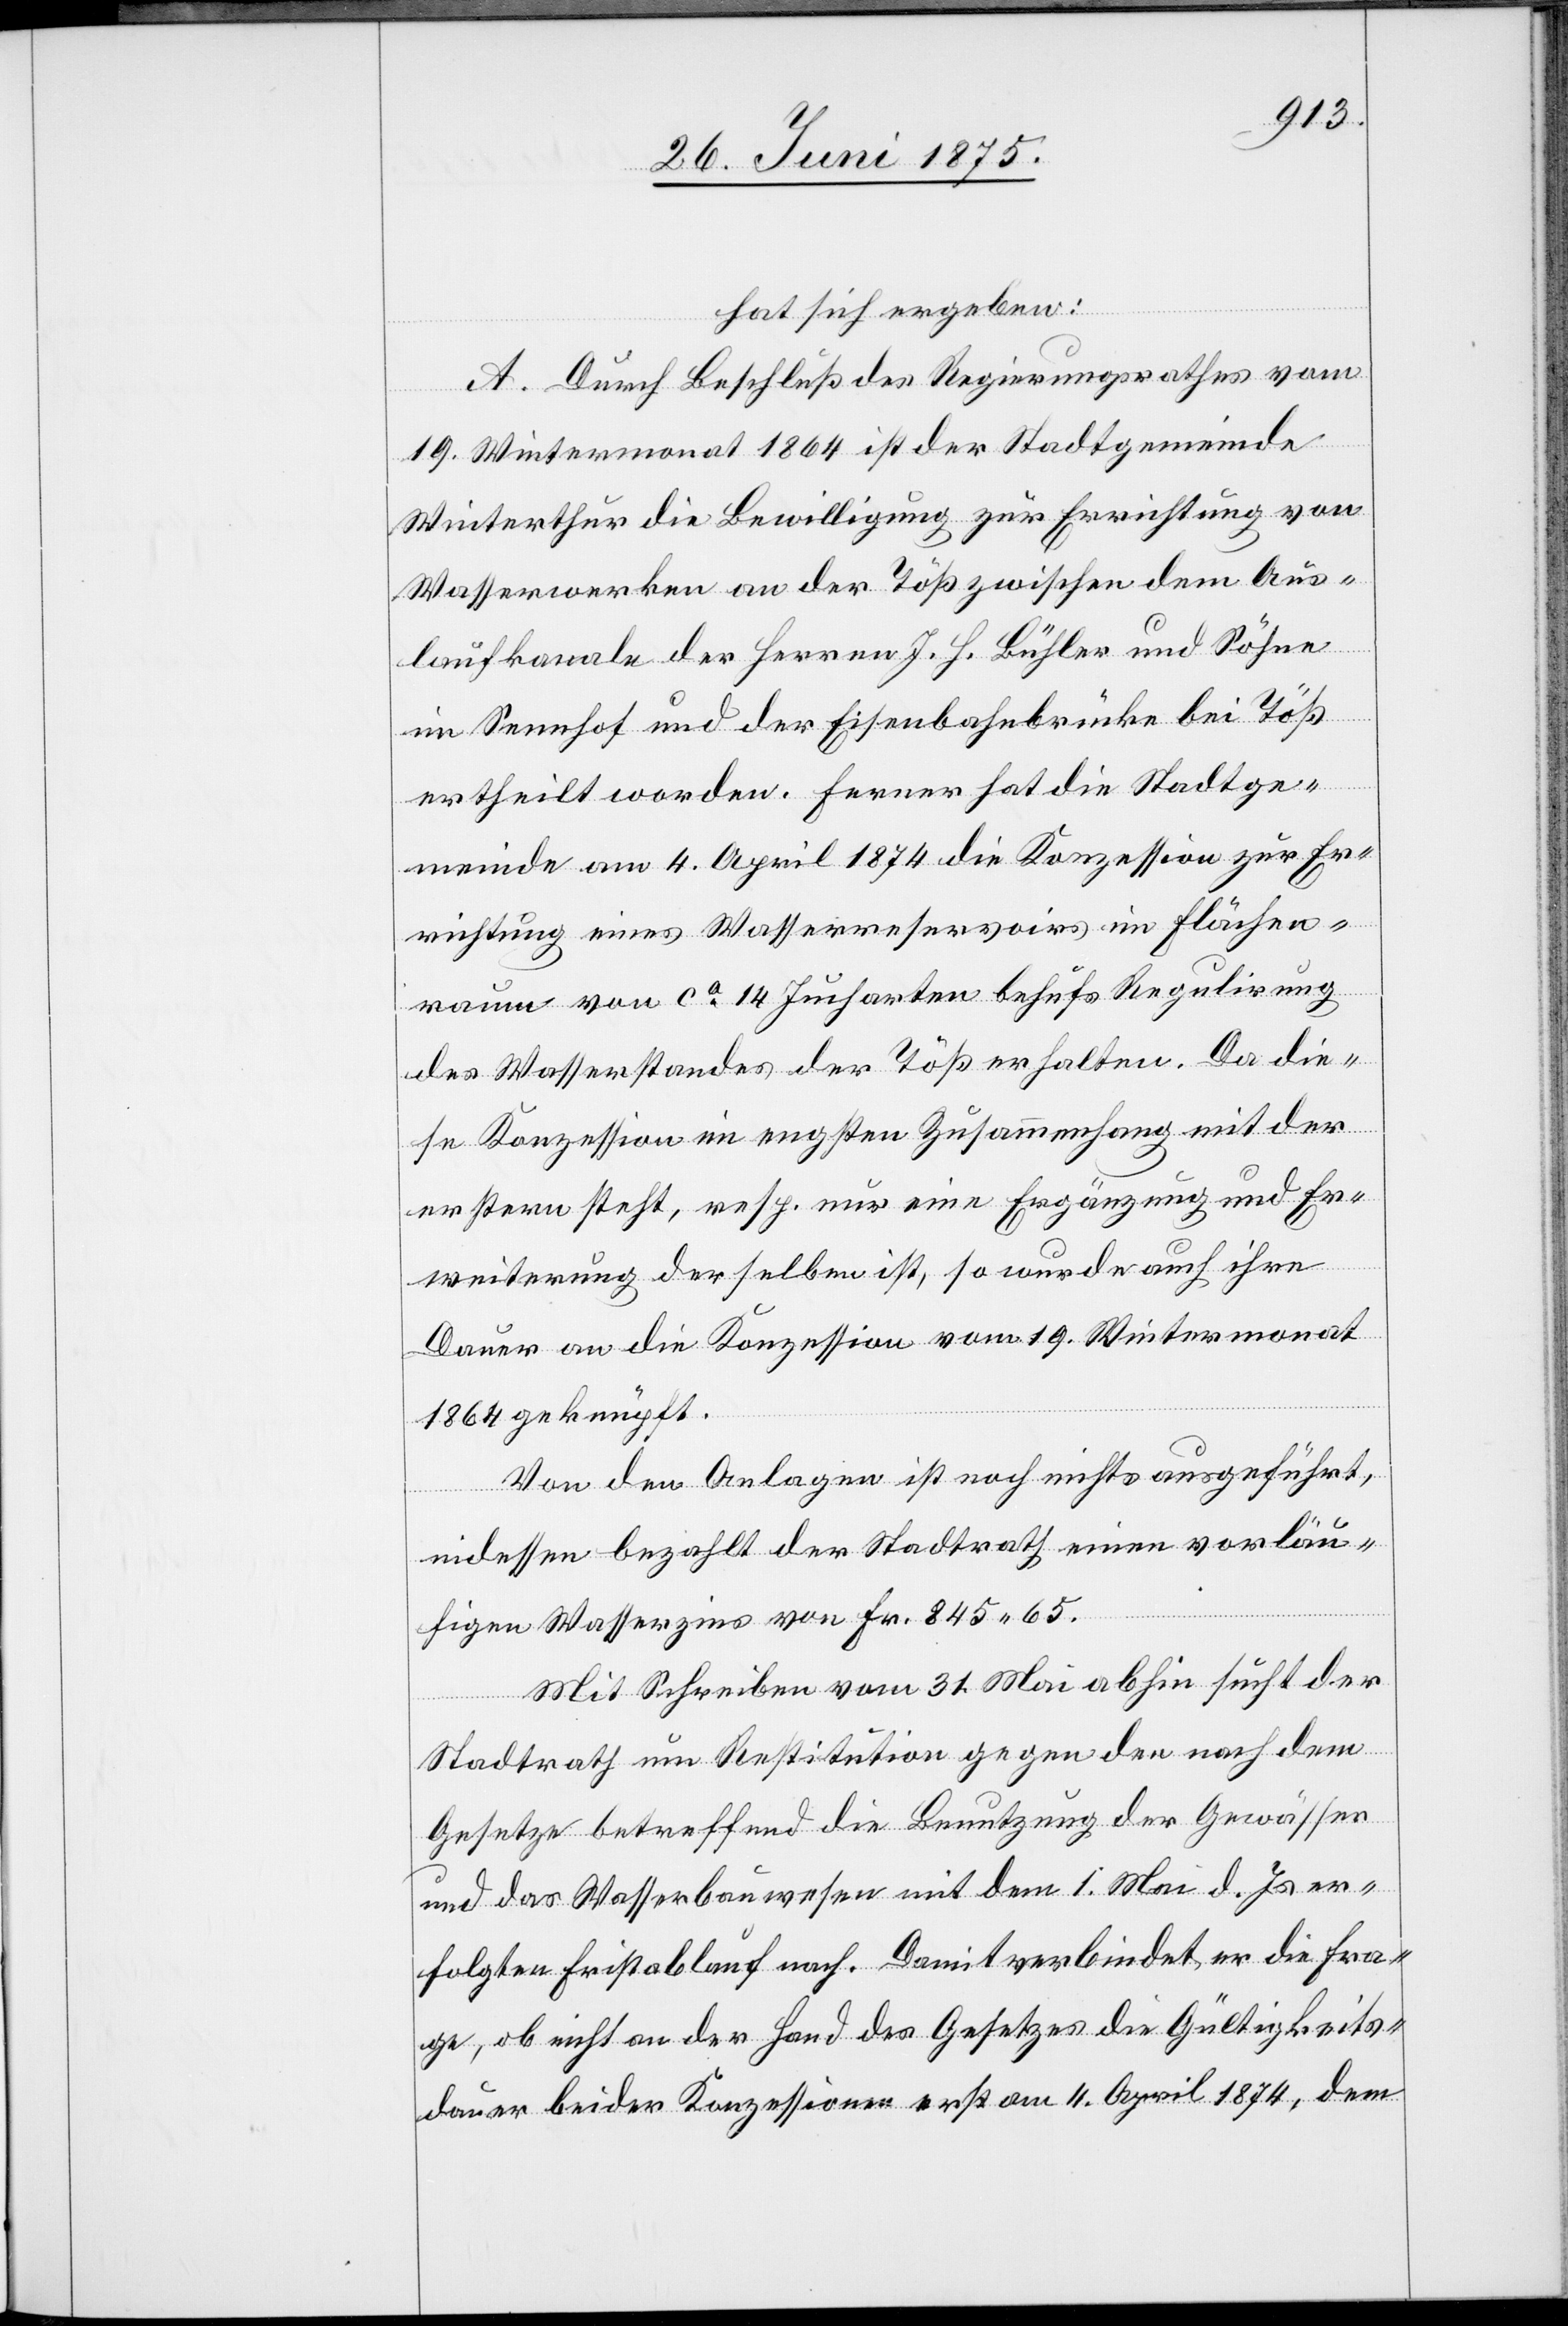
hat sich ergeben:
A. Durch Beschluß des Regierungsrathes vom
19. Wintermonat 1864 ist der Stadtgemeinde
Winterthur die Bewilligung zur Errichtung von
Wasserwerken an der Töß zwischen dem Aus¬
laufkanale der Herren J. H. Bühler und Söhne
in Sennhof und der Eisenbahnbrücke bei Töß
ertheilt worden. Ferner hat die Stadtge¬
meinde am 4. April 1874 die Konzession zur Er¬
richtung eines Wasserreservoirs im Flächen¬
raum von ca 14 Jucharten behufs Regulirung
des Wasserstandes der Töß erhalten. Da die¬
se Konzession im engsten Zusammenhang mit der
erstern steht, resp. nur eine Ergänzung und Er¬
weiterung derselben ist, so wurde auch ihre
Dauer an die Konzession vom 19. Wintermonat
1864 geknüpft.
Von den Anlagen ist noch nichts ausgeführt,
indessen bezahlt der Stadtrath einen vorläu¬
figen Wasserzins von Fr. 845 65.
Mit Schrieben vom 31. Mai abhin sucht der
Stadtrath um Restitution gegen den nach dem
Gesetze betreffend die Benutzung der Gewässer
und das Wasserbauwesen mit dem 1. Mai d. Js. er¬
folgten Fristablauf nach. Damit verbindet er die Fra¬
ge, ob nicht an der Hand des Gesetzes die Gültigkeits¬
dauer beider Konzessionen erst am 11. April 1874, dem